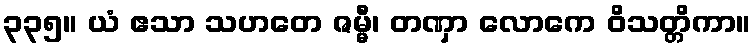
၃၃၅။ ယံ ဧသာ သဟတေ ဇမ္မီ၊ တဏှာ လောကေ ဝိသတ္တိကာ။